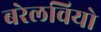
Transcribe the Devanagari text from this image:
बरेलवियो